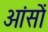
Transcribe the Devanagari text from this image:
आंसों